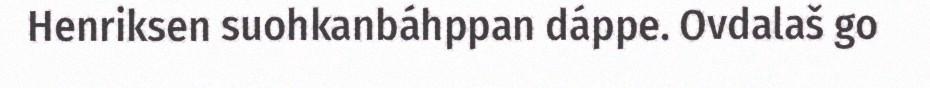
Henriksen suohkanbáhppan dáppe. Ovdalaš go